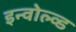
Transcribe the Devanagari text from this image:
इन्वोल्व्ड